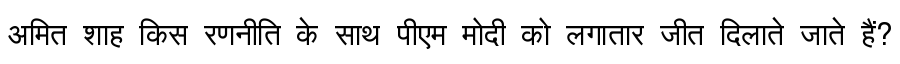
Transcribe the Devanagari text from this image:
अमित शाह किस रणनीति के साथ पीएम मोदी को लगातार जीत दिलाते जाते हैं?